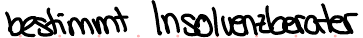
bestimmt Insolvenzberater